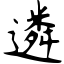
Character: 遴